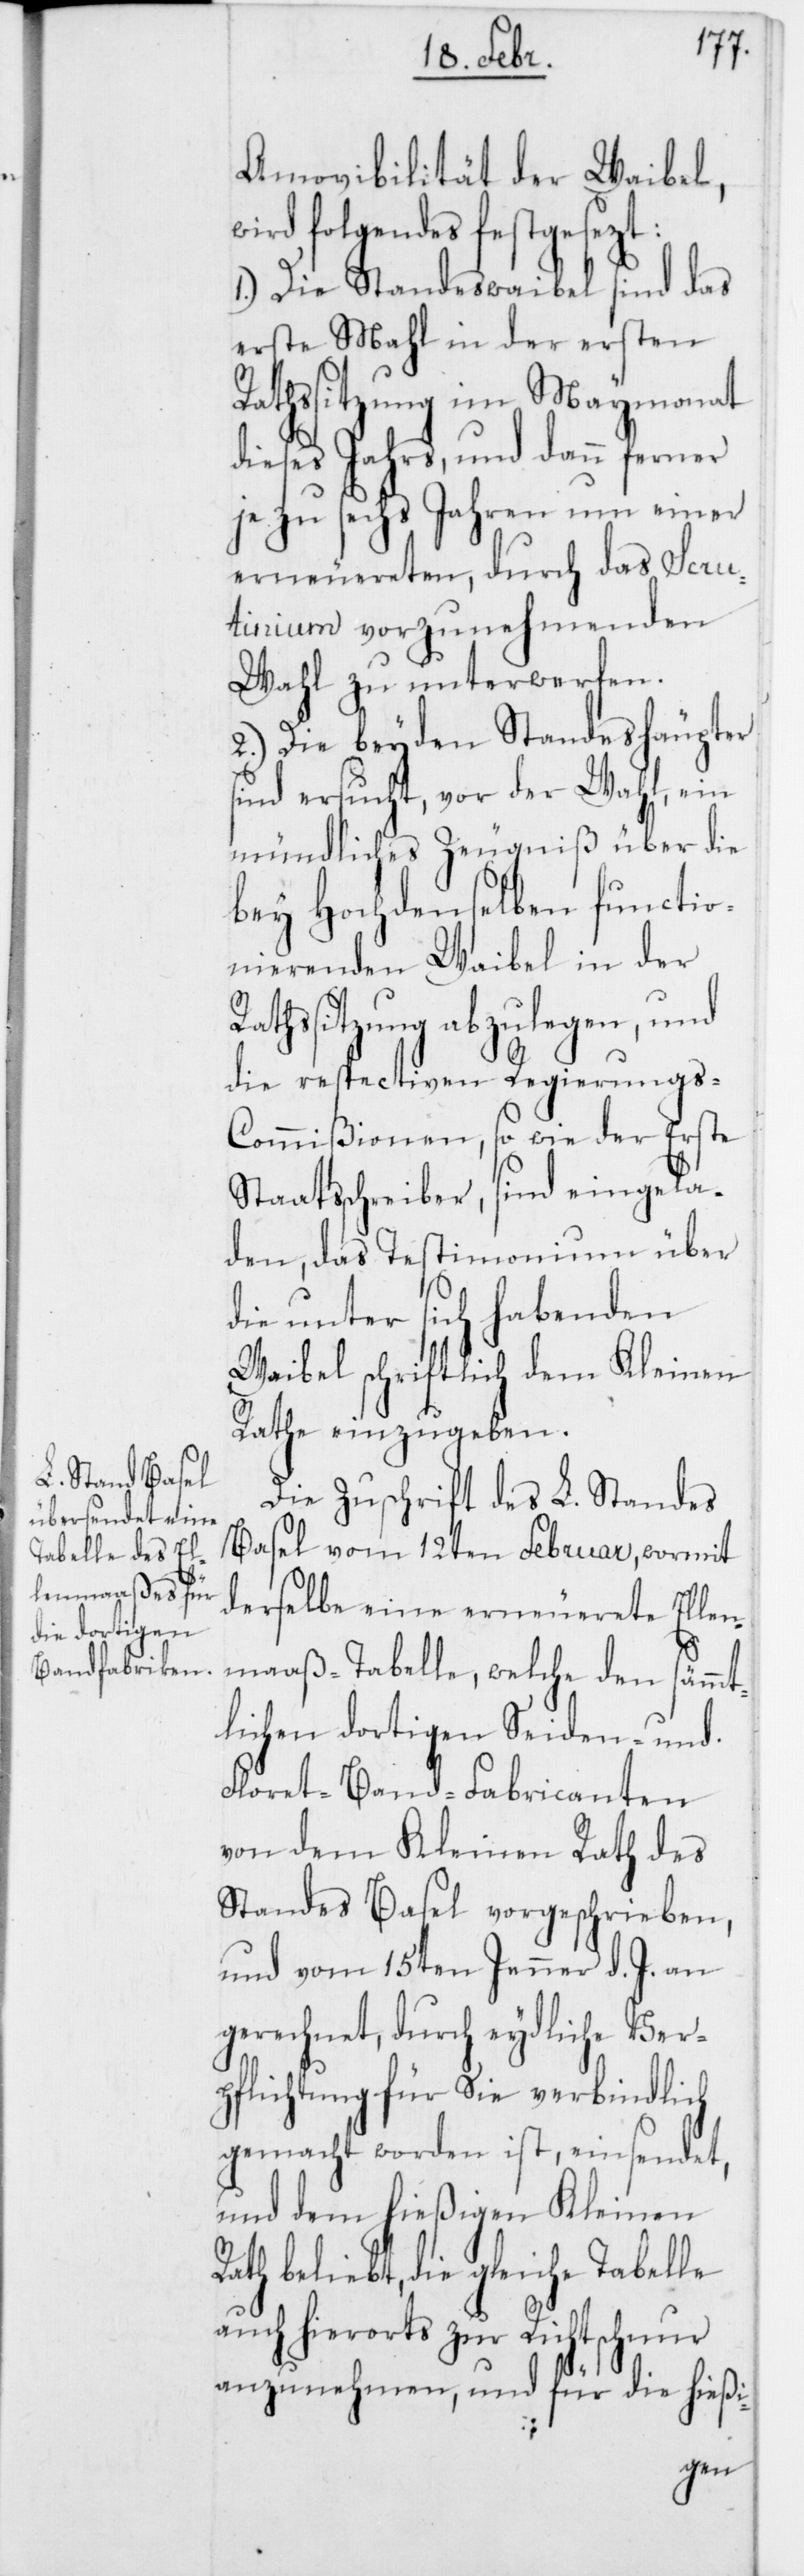
Amovibilität der Waibel,
wird folgendes festgesezt:
1.) Die Standeswaibel sind das
erste Mahl in der ersten
Rathssitzung im Maymonat
dieses Jahrs, und dann ferner
je zu sechs Jahren um einer
erneuereten, durch das Scru¬
tinium vorzunehmenden
Wahl zu unterwerfen.
2.) Die beyden Standeshäupter
sind ersucht, vor der Wahl, ein
mündliches Zeugniß über die
bey Hochdenselben functio¬
nierenden Waibel in der
Rathssitzung abzulegen, und
die respectiven Regierungs-C¬
ommißionen, so wie der Erste
Staatsschreiber, sind eingela¬
den, das Testimonium über
die unter sich habenden
Waibel schriftlich dem Kleinen
Rathe einzugeben.
Die Zuschrift des L. Standes
Basel vom 12ten Februar, wormit
derselbe eine erneuerete Ellen¬
maaß-Tabelle, welche den sämmt¬
lichen dortigen Seiden- und
Floret-Band-Fabricanten
von dem Kleinen Rath des
Standes Basel vorgeschrieben,
und vom 15ten Jenner d. J. an
gerechnet, durch eydliche Ver¬
pflichtung für sie verbindlich
gemacht worden ist, einsendet,
und dem hießigen Kleinen
Rath beliebt, die gleiche Tabelle
auch hierorts zur Richtschnur
anzunehmen, und für die hießi-